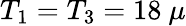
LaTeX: T_{1}=T_{3}=18~\mu